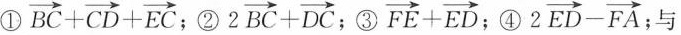
① $$\overrightarrow { BC } + \overrightarrow { CD } + \overrightarrow { EC }$$ ；② $$2 \overrightarrow { BC } + \overrightarrow { DC }$$ ；③ $$\overrightarrow { FE } +